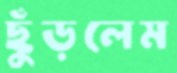
ছুঁড়লেম